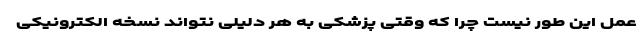
عمل این طور نیست چرا که وقتی پزشکی به هر دلیلی نتواند نسخه الکترونیکی